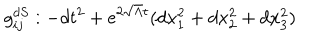
LaTeX: g _ { i j } ^ { d S } : - d t ^ { 2 } + e ^ { 2 \sqrt { \Lambda } t } ( d x _ { 1 } ^ { 2 } + d x _ { 2 } ^ { 2 } + d x _ { 3 } ^ { 2 } )